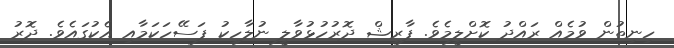
ހިނިތުން ވުމެއް ރައްދު ކޮށްލީމެވެ. ފާރިޝް ދޮރުހުޅުވާލީ ނުލާހިކު ފަސޭހަކަމާއި އެކުގައެވެ. ދޮރު